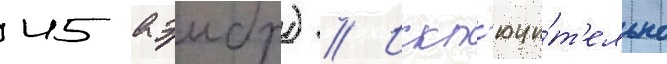
45 аэмбр) // Искл'ючи́т'ельно